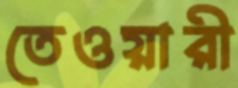
তেওয়ারী